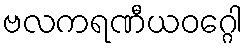
ဗလကရဏီယဝဂ္ဂေါ